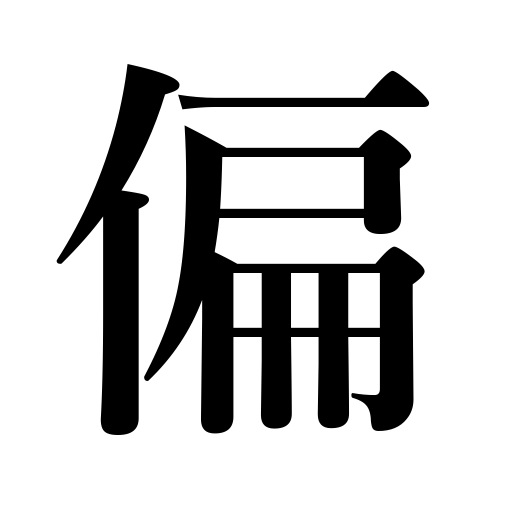
Meanings: inclining,lean,incline,side,left radical of a character,be biased